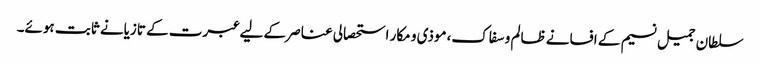
سلطان جمیل نسیم کے افسانے ظالم و سفاک،موذی و مکار استحصالی عناصر کے لیے عبرت کے تازیانے ثابت ہوئے۔